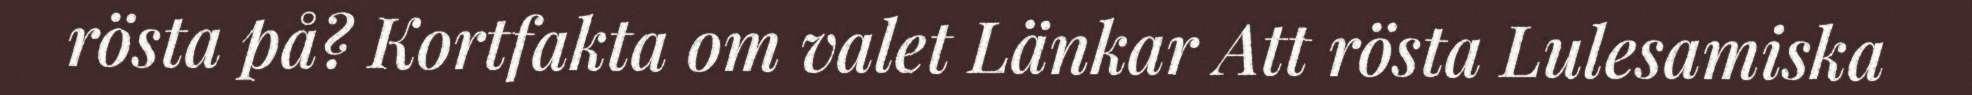
rösta på? Kortfakta om valet Länkar Att rösta Lulesamiska